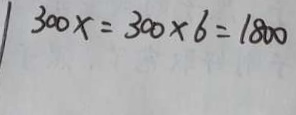
\vert 3 0 0 x = 3 0 0 \times 6 = 1 8 0 0